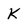
Character: K